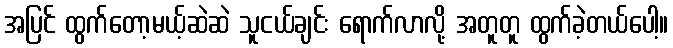
အပြင် ထွက်တော့မယ့်ဆဲဆဲ သူငယ်ချင်း ရောက်လာလို့ အတူတူ ထွက်ခဲ့တယ်ပေါ့။